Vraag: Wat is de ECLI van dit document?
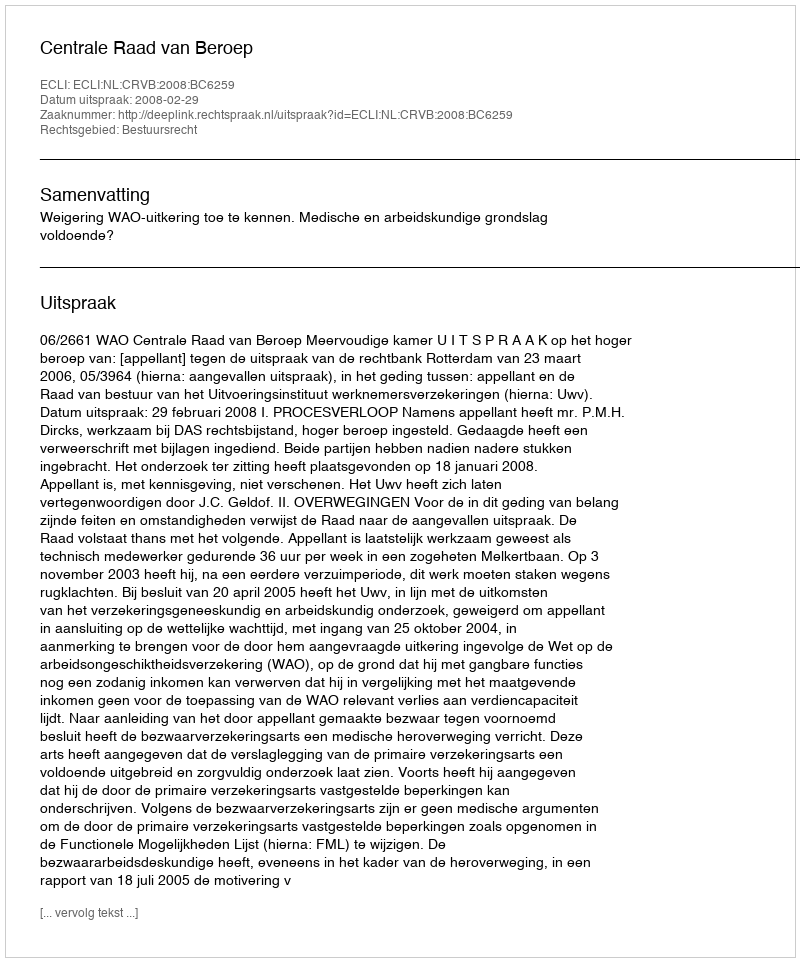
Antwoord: ECLI:NL:CRVB:2008:BC6259